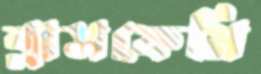
ব্লাসফেমি